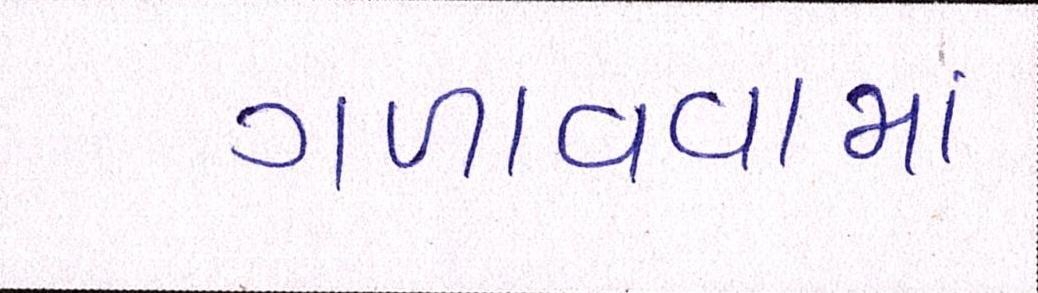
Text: ગળાવવામાં